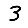
Digit: 3